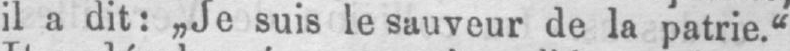
il a dit: „Je suis le sauveur de la patrie.“